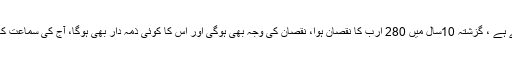
پی آئی اے کا کل خسارہ 360 ارب روپے ہے ، گزشتہ 10سال میں 280 ارب کا نقصان ہوا، نقصان کی وجہ بھی ہوگی اور اس کا کوئی ذمہ دار بھی ہوگا، آج کی سماعت کا مقصد آڈٹ سے نقصان کا تعین کرنا ہے۔